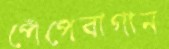
পেঁপেবাগান